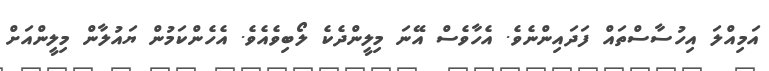
އަމިއްލަ އިހުސާސްތައް ފަދައިންނެވެ. އެހާވެސް އޭނަ މިލީންދެކެ ލޯބިވެއެވެ. އެހެންކަމުން ޔައުލާން މިލީންއަށް